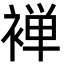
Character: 褝